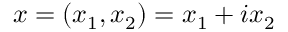
x = ( x _ { 1 } , x _ { 2 } ) = x _ { 1 } + i x _ { 2 }